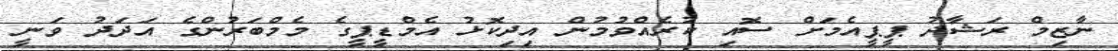
ނާޒިމް ރަޝާދު ޕީޕީއެމަށް ސޮއި ކުރެއްވުމުން އިދިކޮޅު އެމްޑީޕީގެ މެމްބަރުންގެ އަދަދު ވަނީ